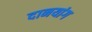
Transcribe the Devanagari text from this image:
दानयांग